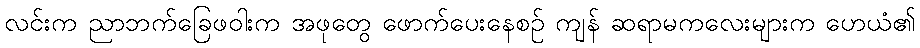
လင်းက ညာဘက်ခြေဖဝါးက အဖုတွေ ဖောက်ပေးနေစဉ် ကျန် ဆရာမကလေးများက ဟေယံ၏